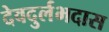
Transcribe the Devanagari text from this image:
देवदुर्लभदास